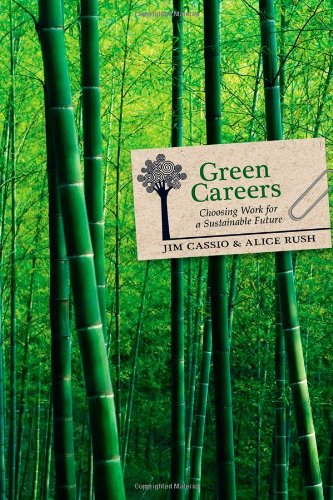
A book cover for Green Careers: Choosing Work for a Sustainable Future; Jim Cassio; Business & Money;